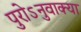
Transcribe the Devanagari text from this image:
पुरोऽनुवाक्या